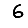
Digit: 6